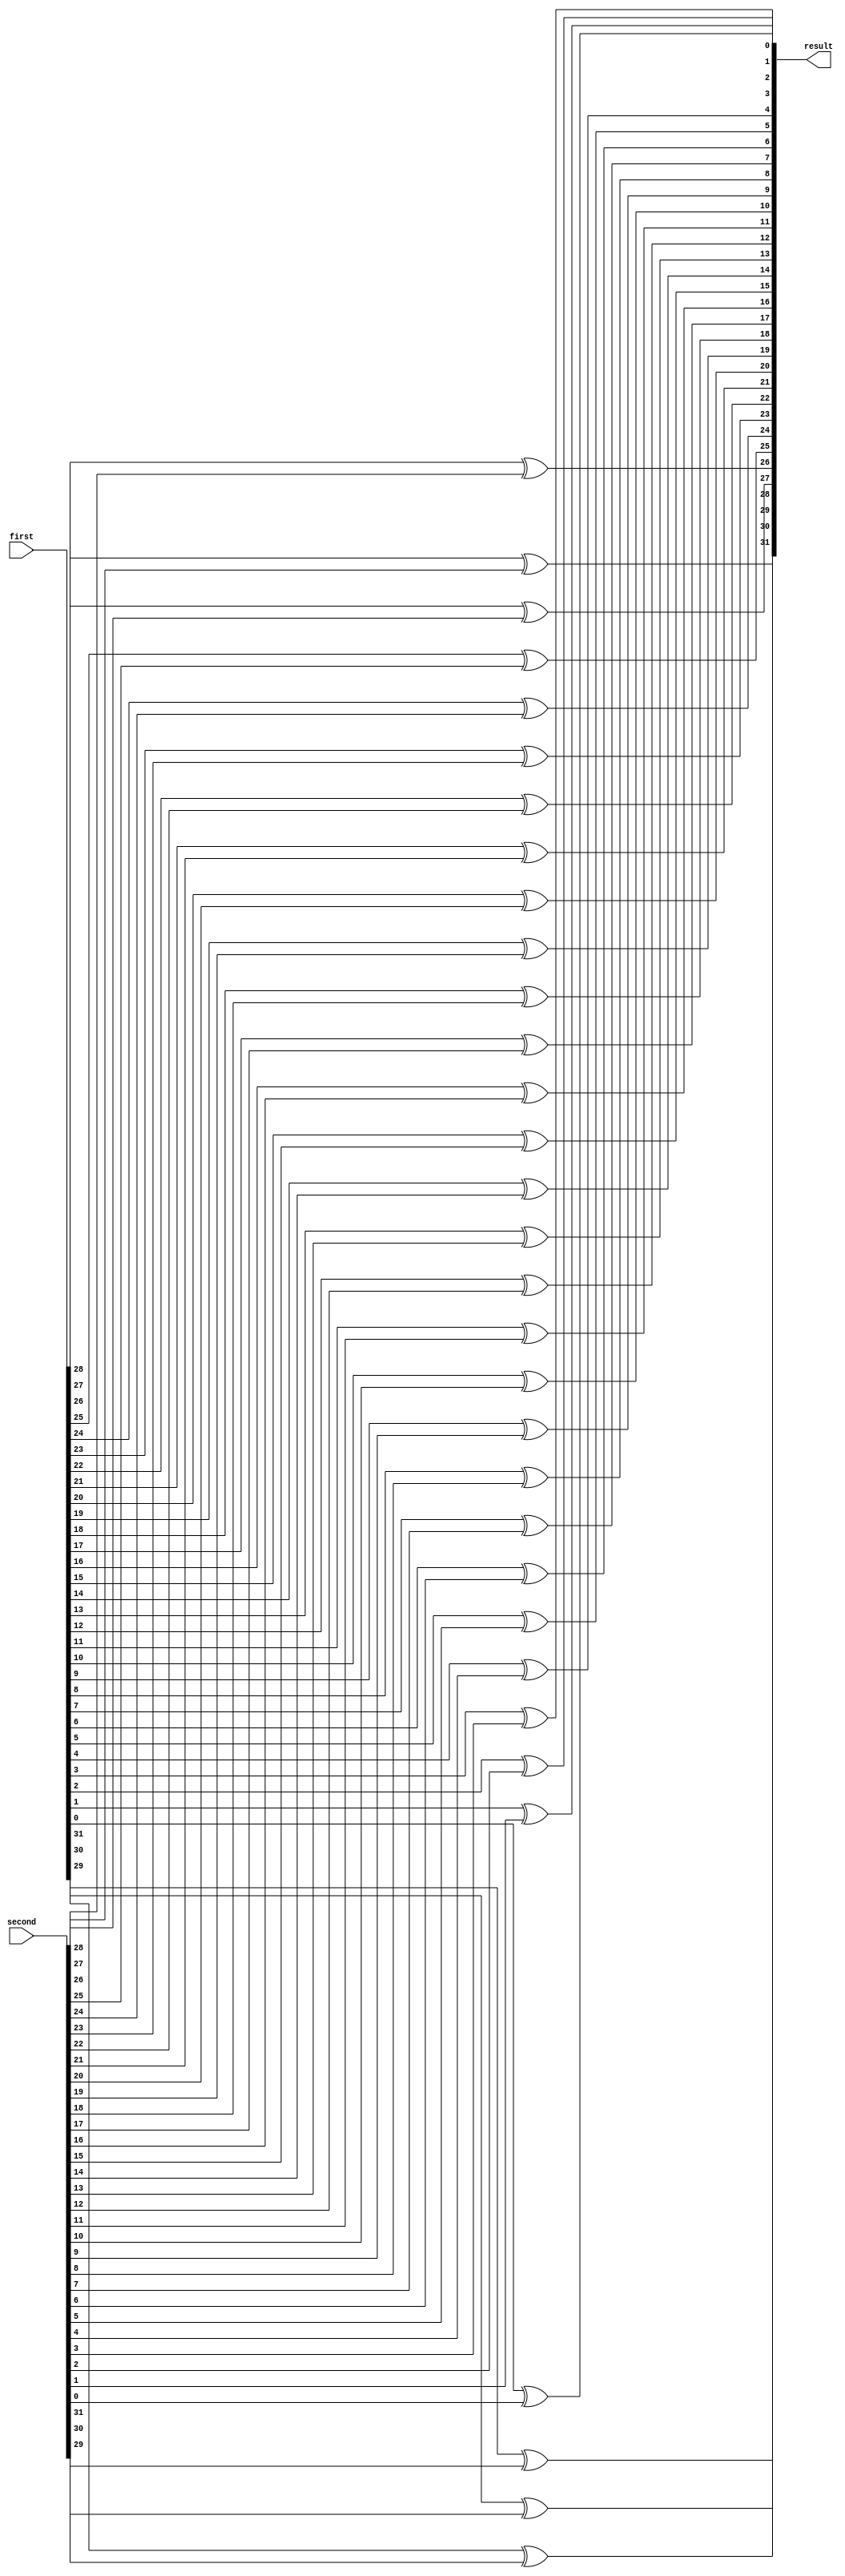
module my_xor(
	input [31:0] first,
	input [31:0] second,
	output [31:0] result
);

xor x0(result[31], first[31], second[31]);
xor x1(result[30], first[30], second[30]);
xor x2(result[29], first[29], second[29]);
xor x3(result[28], first[28], second[28]);
xor x4(result[27], first[27], second[27]);
xor x5(result[26], first[26], second[26]);
xor x6(result[25], first[25], second[25]);
xor x7(result[24], first[24], second[24]);
xor x8(result[23], first[23], second[23]);
xor x9(result[22], first[22], second[22]);
xor x10(result[21], first[21], second[21]);
xor x11(result[20], first[20], second[20]);
xor x12(result[19], first[19], second[19]);
xor x13(result[18], first[18], second[18]);
xor x14(result[17], first[17], second[17]);
xor x15(result[16], first[16], second[16]);
xor x16(result[15], first[15], second[15]);
xor x17(result[14], first[14], second[14]);
xor x18(result[13], first[13], second[13]);
xor x19(result[12], first[12], second[12]);
xor x20(result[11], first[11], second[11]);
xor x21(result[10], first[10], second[10]);
xor x22(result[9], first[9], second[9]);
xor x23(result[8], first[8], second[8]);
xor x24(result[7], first[7], second[7]);
xor x25(result[6], first[6], second[6]);
xor x26(result[5], first[5], second[5]);
xor x27(result[4], first[4], second[4]);
xor x28(result[3], first[3], second[3]);
xor x29(result[2], first[2], second[2]);
xor x30(result[1], first[1], second[1]);
xor x31(result[0], first[0], second[0]);


endmodule